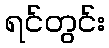
ရင်တွင်း